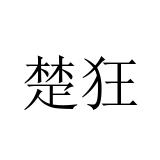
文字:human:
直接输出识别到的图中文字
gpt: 楚狂